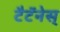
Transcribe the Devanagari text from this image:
टैटॅनेस्